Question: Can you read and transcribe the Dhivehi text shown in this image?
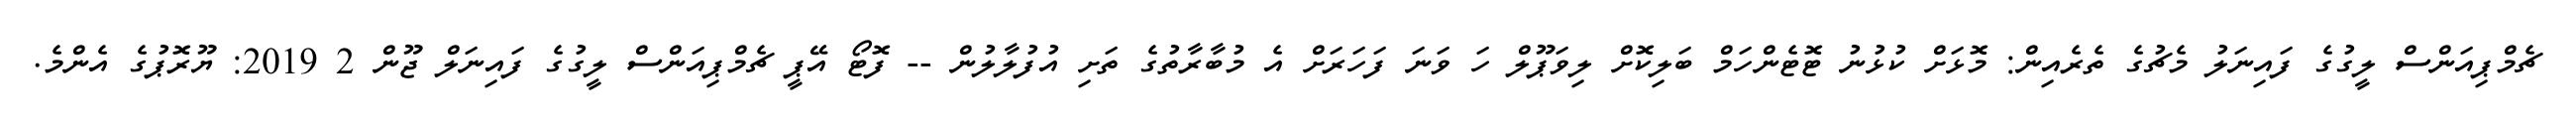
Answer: ޗެމްޕިއަންސް ލީގުގެ ފައިނަލު މެޗުގެ ތެރެއިން: މޮޅަށް ކުޅުނު ޓޮޓެންހަމް ބަލިކޮށް ލިވަޕޫލް ހަ ވަނަ ފަހަރަށް އެ މުބާރާތުގެ ތަށި އުފުލާލުން -- ފޮޓޯ އޭޕީ ޗެމްޕިއަންސް ލީގުގެ ފައިނަލް ޖޫން 2 2019: ޔޫރޮޕުގެ އެންމެ.